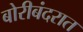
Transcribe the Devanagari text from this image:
बोरीबंदरात